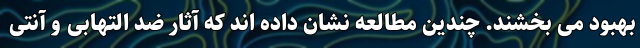
بهبود می بخشند. چندین مطالعه نشان داده اند که آثار ضد التهابی و آنتی